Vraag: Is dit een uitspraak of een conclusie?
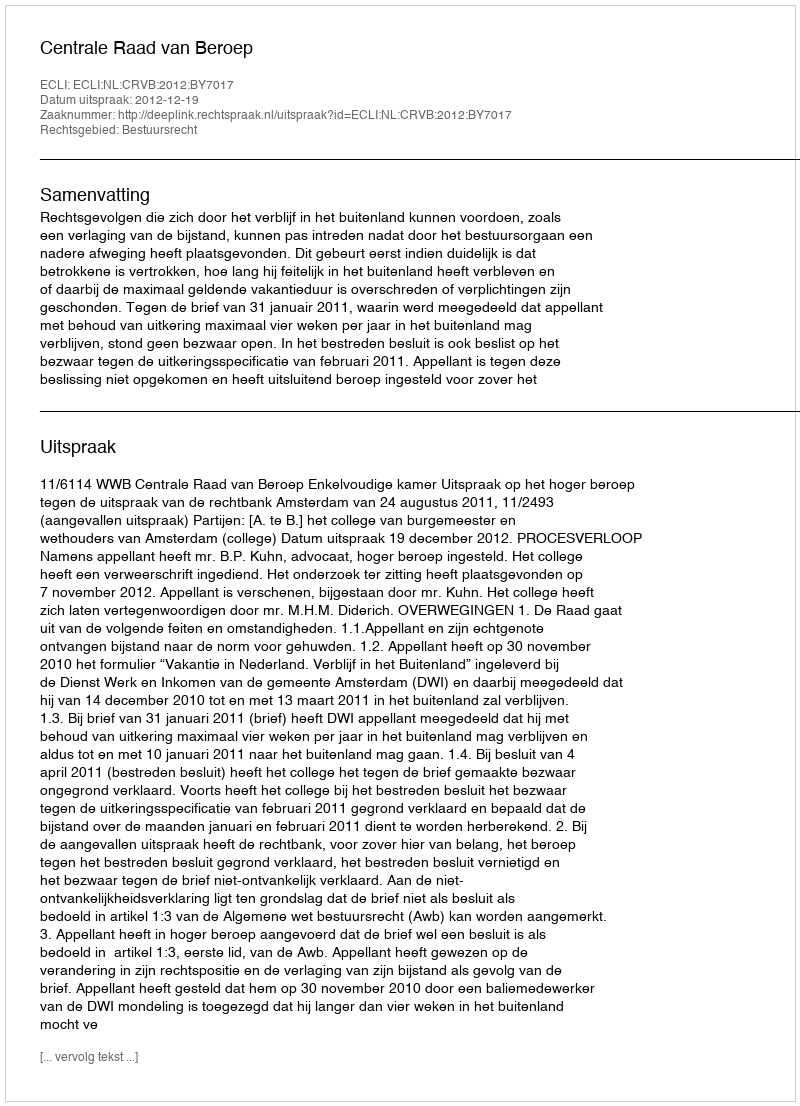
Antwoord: Uitspraak